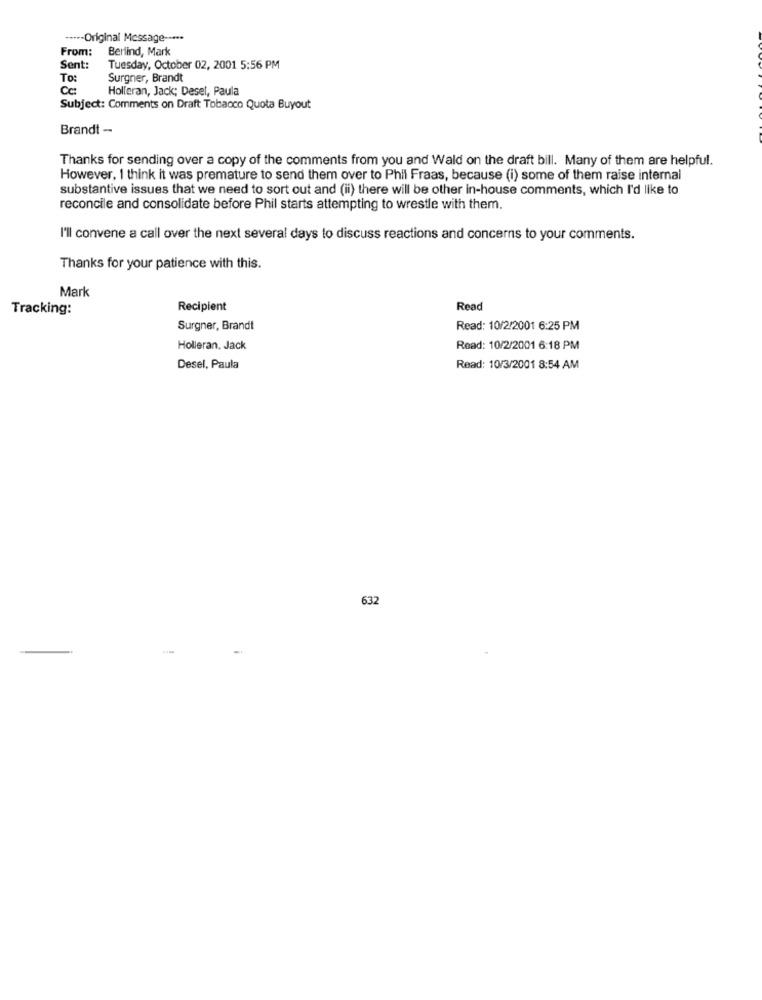
----- Original Message -····
From:
Berlind, Mark
Sent:
Tuesday, October 02, 2001 5:56 PM
To:
Surgner, Brandt
Cc:
Holleran, Jack; Desel, Paula
Subject: Comments on Draft Tobacco Quota Buyout
Brandt --
Thanks for sending over a copy of the comments from you and Wald on the draft bill. Many of them are helpful.
However, I think it was premature to send them over to Phil Fraas, because (i) some of them raise internal
substantive issues that we need to sort out and (ii) there will be other in-house comments, which I'd like to
reconcile and consolidate before Phil starts attempting to wrestle with them.
I'll convene a call over the next several days to discuss reactions and concerns to your comments.
Thanks for your patience with this.
Mark
Tracking:
Recipient
Read
Surgner, Brandt
Read: 10/2/2001 6:25 PM
Holleran. Jack
Read: 10/2/2001 6:18 PM
Desel, Paula
Read: 10/3/2001 8:54 AM
632